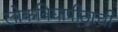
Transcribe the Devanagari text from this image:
लोकविद्यापीठाची